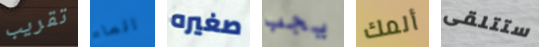
تقريب الماء صغيره يجب ألمك ستتلقى